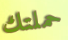
حملتك